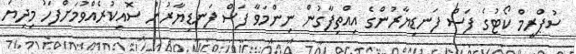
ސުޕްރީމް ކޯޓުގެ ފަސް ފަނޑިޔާރުންގެ އިއްތިފާގުން ނިންމަވާ ފަސް ފަނޑިޔާރުން ސޮއިކުރެއްވުމަށްފަހު މިދިޔަ